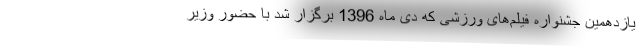
یازدهمین جشنواره فیلم‌های ورزشی که دی ماه 1396 برگزار شد با حضور وزیر